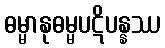
ဓမ္မာနုဓမ္မပဋိပန္နဿ